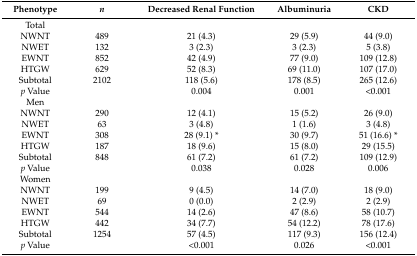
| Phenotype | n | Decreased Renal Function | Albuminuria | CKD |
 | --- | --- | --- | --- | --- |
 | Total |  |  |  |  |
 | NWNT | 489 | 21 (4.3) | 29 (5.9) | 44 (9.0) |
 | NWET | 132 | 3 (2.3) | 3 (2.3) | 5 (3.8) |
 | EWNT | 852 | 42 (4.9) | 77 (9.0) | 109 (12.8) |
 | HTGW | 629 | 52 (8.3) | 69 (11.0) | 107 (17.0) |
 | Subtotal | 2102 | 118 (5.6) | 178 (8.5) | 265 (12.6) |
 | p Value |  | 0.004 | 0.001 | <0.001 |
 | Men |  |  |  |  |
 | NWNT | 290 | 12 (4.1) | 15 (5.2) | 26 (9.0) |
 | NWET | 63 | 3 (4.8) | 1 (1.6) | 3 (4.8) |
 | EWNT | 308 | 28 (9.1) * | 30 (9.7) | 51 (16.6) * |
 | HTGW | 187 | 18 (9.6) | 15 (8.0) | 29 (15.5) |
 | Subtotal | 848 | 61 (7.2) | 61 (7.2) | 109 (12.9) |
 | p Value |  | 0.038 | 0.028 | 0.006 |
 | Women |  |  |  |  |
 | NWNT | 199 | 9 (4.5) | 14 (7.0) | 18 (9.0) |
 | NWET | 69 | 0 (0.0) | 2 (2.9) | 2 (2.9) |
 | EWNT | 544 | 14 (2.6) | 47 (8.6) | 58 (10.7) |
 | HTGW | 442 | 34 (7.7) | 54 (12.2) | 78 (17.6) |
 | Subtotal | 1254 | 57 (4.5) | 117 (9.3) | 156 (12.4) |
 | p Value |  | <0.001 | 0.026 | <0.001 |